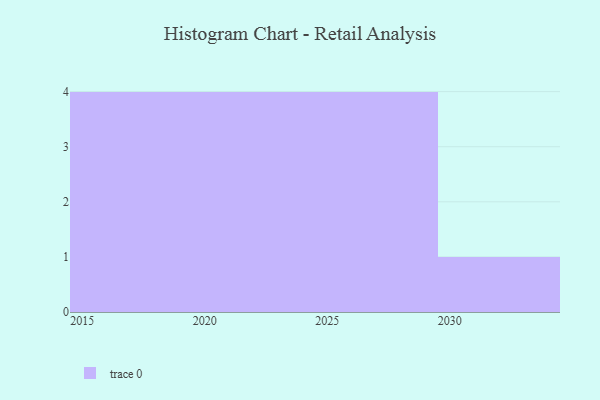
{"axis": {"x": "Year", "y": "Backlog"}, "legend": [""], "data": [{"x": "2026", "y": 12, "type": ""}, {"x": "2020", "y": 8, "type": ""}, {"x": "2024", "y": 57, "type": ""}, {"x": "2022", "y": 8, "type": ""}, {"x": "2015", "y": 5, "type": ""}, {"x": "2016", "y": 70, "type": ""}, {"x": "2030", "y": 6, "type": ""}, {"x": "2029", "y": 95, "type": ""}, {"x": "2028", "y": 18, "type": ""}, {"x": "2021", "y": 16, "type": ""}, {"x": "2025", "y": 53, "type": ""}, {"x": "2019", "y": 41, "type": ""}, {"x": "2017", "y": 68, "type": ""}]}